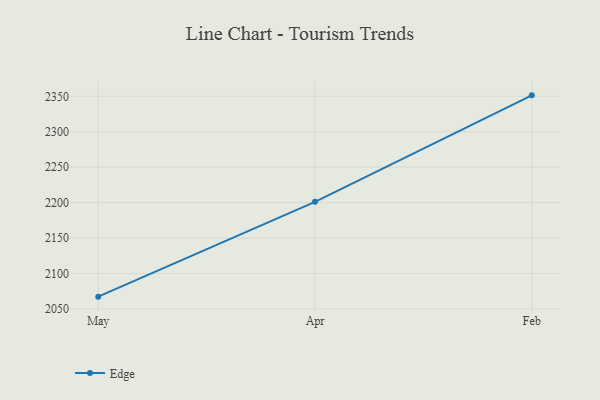
{"axis": {"x": "Month", "y": "Tickets Resolved"}, "legend": ["Edge"], "data": [{"x": "May", "y": 2067.2, "type": "Edge"}, {"x": "Apr", "y": 2201.1, "type": "Edge"}, {"x": "Feb", "y": 2351.4, "type": "Edge"}]}